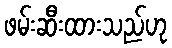
ဖမ်းဆီးထားသည်ဟု